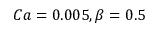
C a = 0 . 0 0 5 , \beta = 0 . 5